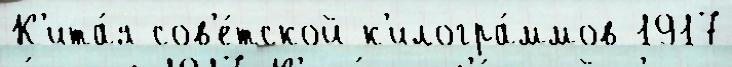
К'ита́я сов'е́тской к'илогра́ммов 1917